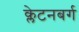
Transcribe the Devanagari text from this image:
क्लेटनबर्ग